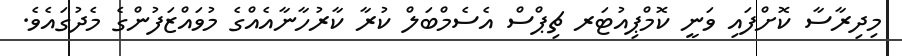
މިދިރާސާ ކޮށްފައި ވަނީ ކޮމްޕިއުޓަރ ޗިޕްސް އެސެމްބަލް ކުރާ ކާރުހާނާއެއްގެ މުވައްޒަފުންގެ މެދުގައެވެ.